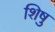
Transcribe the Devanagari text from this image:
शिषु